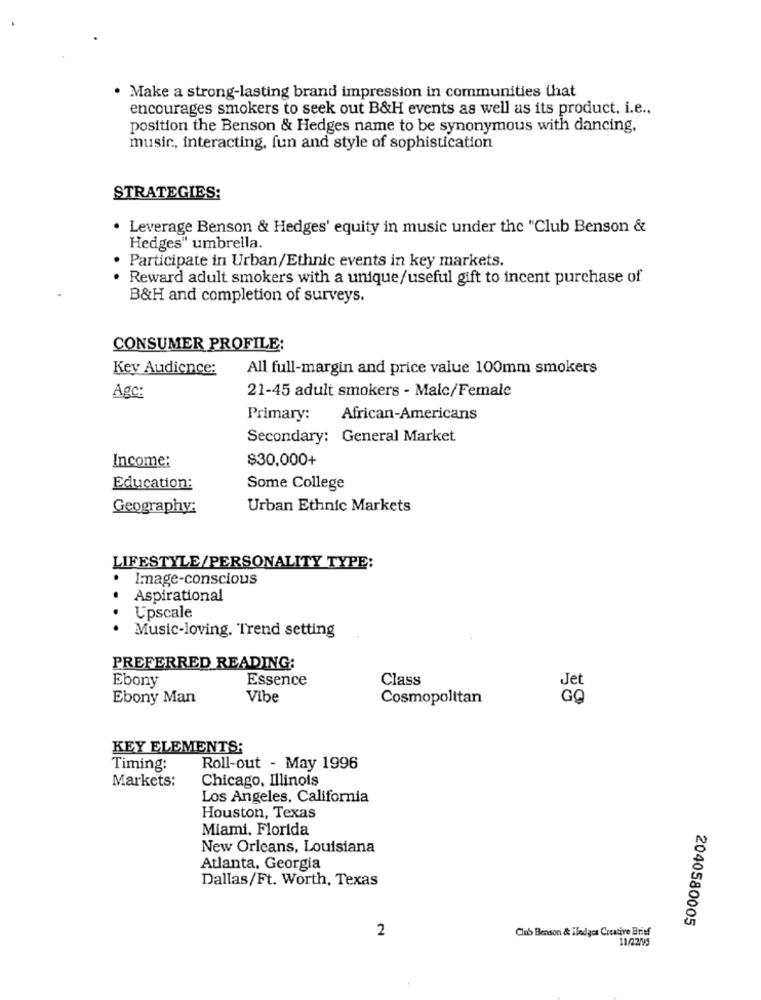
. Make a strong-lasting brand impression in communities that
encourages smokers to seek out B&H events as well as its product, i.e ..
position the Benson & Hedges name to be synonymous with dancing.
music, interacting, fun and style of sophistication
STRATEGIES:
· Leverage Benson & Hedges' equity in music under the "Club Benson &
Hedges" umbrella.
· Participate in Urban/Ethnic events in key markets.
Reward adult smokers with a unique/useful gift to incent purchase of
B&H and completion of surveys.
CONSUMER PROFILE:
Kev Audience:
All full-margin and price value 100mm smokers
21-45 adult smokers - Malc/Female
Agc:
Primary:
African-Americans
Secondary: General Market
Income:
$30,000+
Education:
Some College
Geography:
Urban Ethnic Markets
LIFESTYLE/PERSONALITY TYPE:
Image-conscious
Aspirational
Upscale
Music-loving. Trend setting
PREFERRED READING:
Ebony
Essence
Class
Ebony Man
Vibe
Cosmopolitan
KEY ELEMENTS:
Timing:
Roll-out - May 1996
Markets:
Chicago, Illinois
Los Angeles, California
Houston, Texas
Miami, Florida
New Orleans, Louisiana
Atlanta, Georgia
Dallas/Ft. Worth, Texas
2040580005
2
Club Benson & Iledges Creative Brief
11/22/95